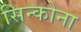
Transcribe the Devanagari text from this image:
सिन्कोना